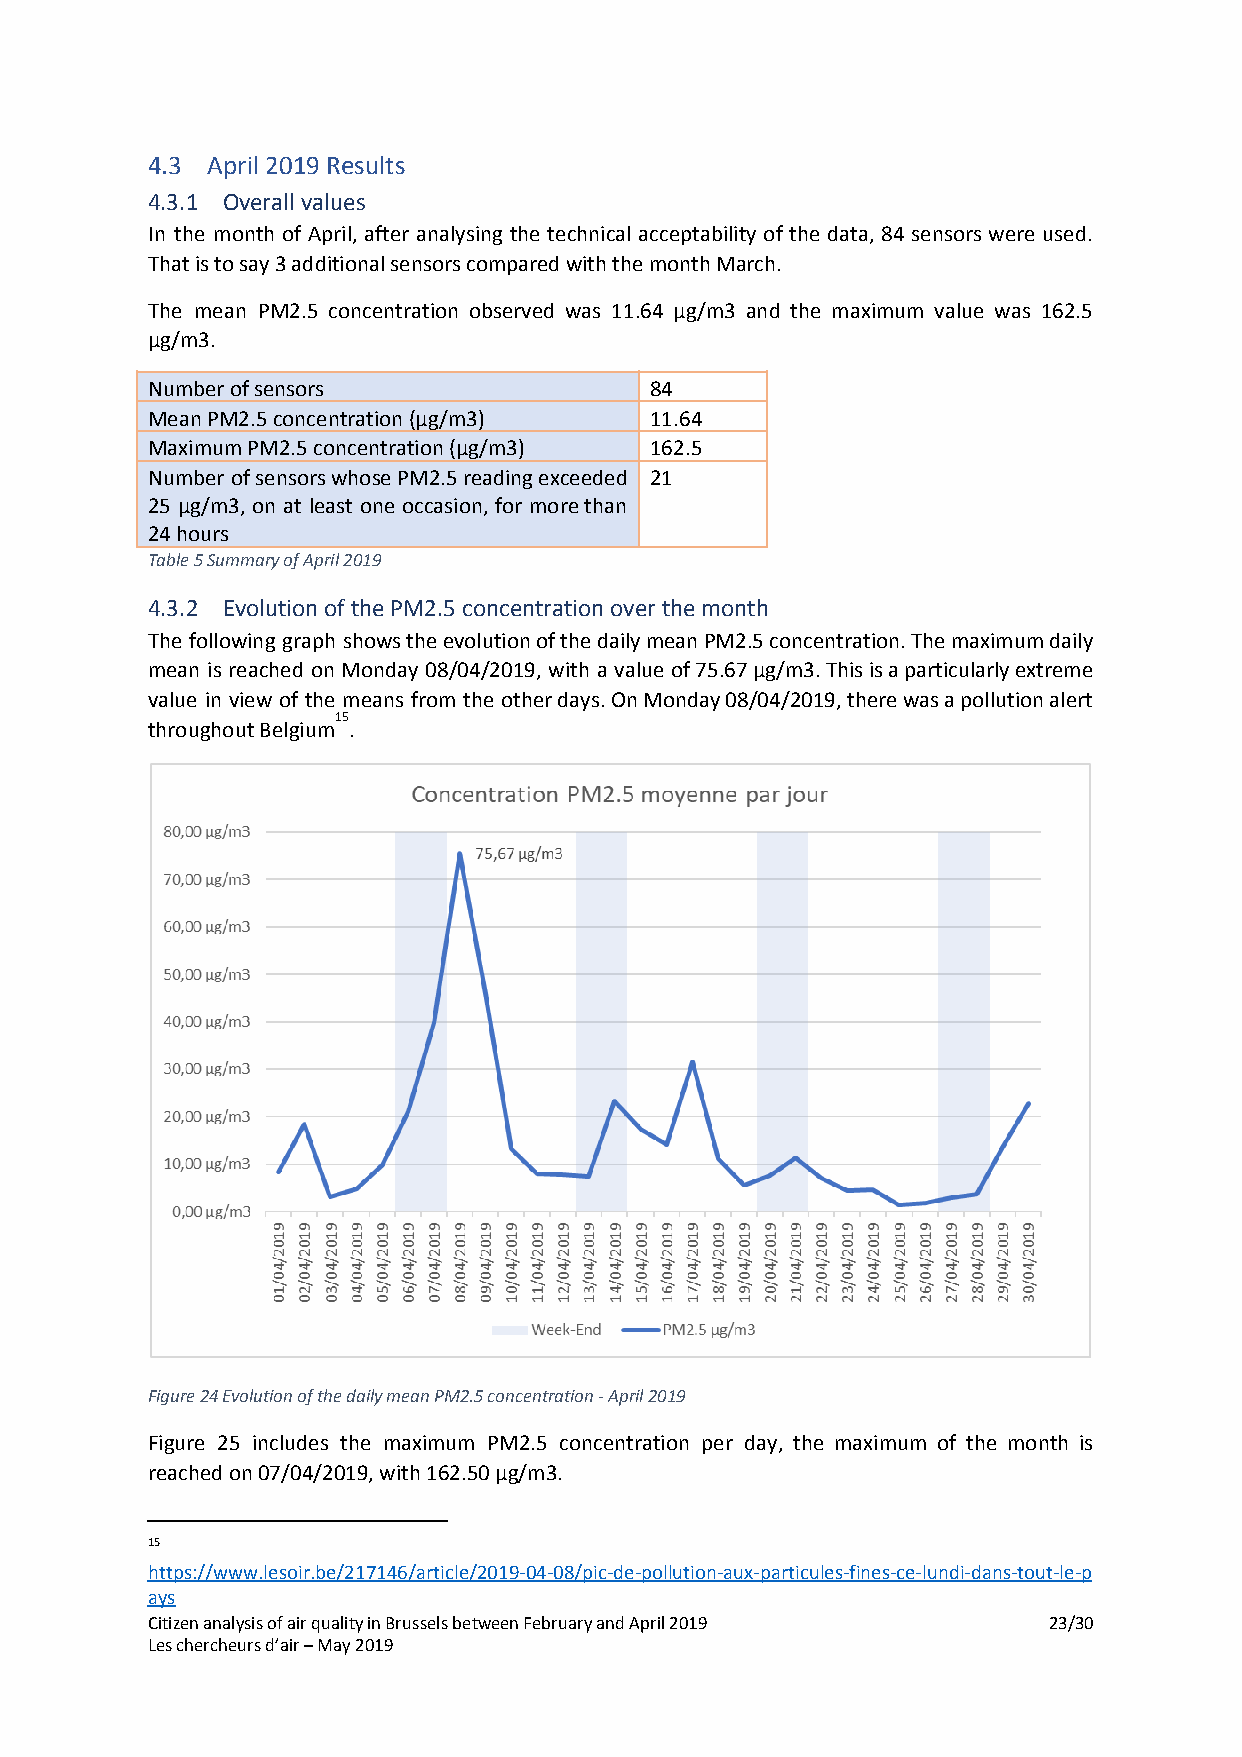
4.3 April 2019 Results
 4.3.1 Overall values
 In the month of April, after analysing the technical acceptability of the data, 84 sensors were used.
 That is to say 3 additional sensors compared with the month March.
 The mean PM2.5 concentration observed was 11.64 µg/m3 and the maximum value was 162.5
 µg/m3.
 Number of sensors                84
 Mean PM2.5 concentration (µg/m3) 11.64
 Maximum PM2.5 concentration (µg/m3) 162.5
 Number of sensors whose PM2.5 reading exceeded 21
 25 µg/m3, on at least one occasion, for more than
 24 hours
 Table 5 Summary of April 2019
 4.3.2 Evolution of the PM2.5 concentration over the month
 The following graph shows the evolution of the daily mean PM2.5 concentration. The maximum daily
 mean is reached on Monday 08/04/2019, with a value of 75.67 µg/m3. This is a particularly extreme
 value in view of the means from the other days. On Monday 08/04/2019, there was a pollution alert
 15
 throughout Belgium .
 Figure 24 Evolution of the daily mean PM2.5 concentration - April 2019
 Figure 25 includes the maximum PM2.5 concentration per day, the maximum of the month is
 reached on 07/04/2019, with 162.50 µg/m3.
 15
 https://www.lesoir.be/217146/article/2019-04-08/pic-de-pollution-aux-particules-fines-ce-lundi-dans-tout-le-p
 ays
 Citizen analysis of air quality in Brussels between February and April 2019 23/30
 Les chercheurs d’air – May 2019